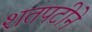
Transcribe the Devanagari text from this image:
शतपटीने